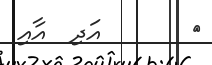
٩       އަދި  އާއި